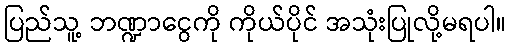
ပြည်သူ့ ဘဏ္ဍာငွေကို ကိုယ်ပိုင် အသုံးပြုလို့မရပါ။